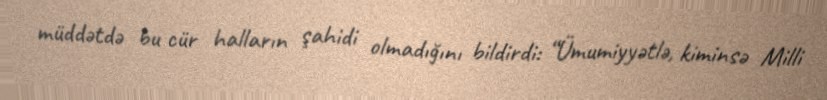
müddətdə bu cür halların şahidi olmadığını bildirdi: “Ümumiyyətlə, kiminsə Milli